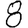
Digit: 8